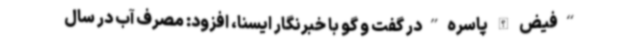
“فیض الله پاسره”در گفت و گو با خبرنگار ایسنا، افزود: مصرف آب در سال